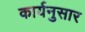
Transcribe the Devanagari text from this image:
कार्यनुसार